Vaccination in Burma 1912-1922 - 1912-1922
Year: 1912
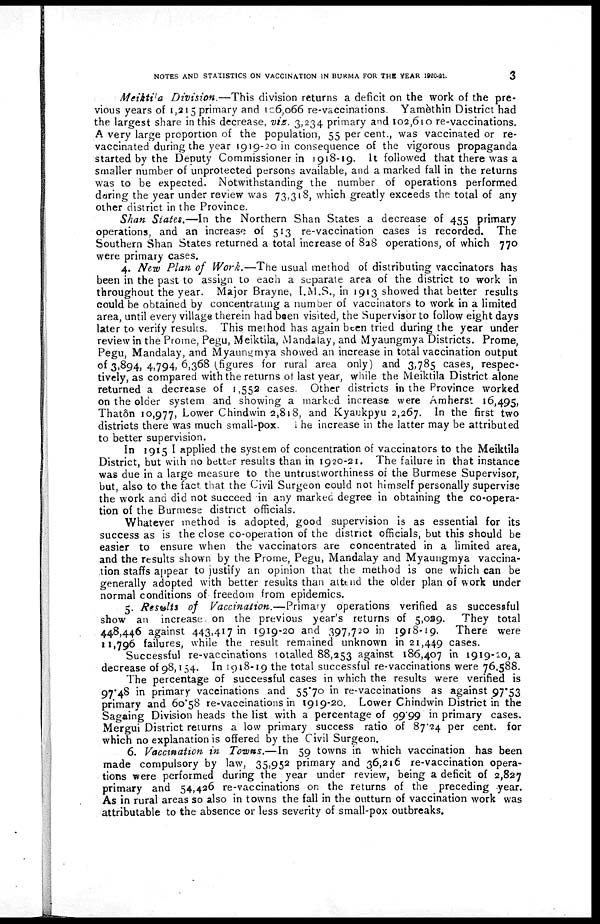
NOTES AND STATISTICS ON VACCINATION IN BURMA FOR THE YEAR 1920-21.
3
Meiktila Division.—This division returns a deficit on the work of the pre-
vious years of 1,215 primary and 106,066 re-vaccinations. Yamèthin District had
the largest share in this decrease, viz. 3,234 primary and 102,610 re-vaccinations.
A very large proportion of the population, 55 per cent., was vaccinated or re-
vaccinated during the year 1919-20 in consequence of the vigorous propaganda
started by the Deputy Commissioner in 1918-19. It followed that there was a
smaller number of unprotected persons available, and a marked fall in the returns
was to be expected. Notwithstanding the number of operations performed
daring the year under review was 73,318, which greatly exceeds the total of any
other district in the Province.
Shan States.—In the Northern Shan States a decrease of 455 primary
operations, and an increase of 513 re-vaccination cases is recorded. The
Southern Shan States returned a total increase of 828 operations, of which 770
were primary cases.
4. New Plan of Work.—The usual method of distributing vaccinators has
been in the past to assign to each a separate area of the district to work in
throughout the year. Major Brayne, I.M.S., in 1913 showed that better results
could be obtained by concentrating a number of vaccinators to work in a limited
area, until every village therein had been visited, the Supervisor to follow eight days
later to verify results. This method has again been tried during the year under
review in the Prome, Pegu, Meiktila, Mandalay, and Myaungmya Districts. Prome,
Pegu, Mandalay, and Myaungmya showed an increase in total vaccination output
of 3,894, 4,794, 6,368 (figures for rural area only) and 3,785 cases, respec-
tively, as compared with the returns of last year, while the Meiktila District alone
returned a decrease of 1,552 cases. Other districts in the Province worked
on the older system and showing a marked increase were Amherst 16,495,
Thatôn 10,977, Lower Chindwin 2,818, and Kyaukpyu 2,267. In the first two
districts there was much small-pox. i he increase in the latter may be attributed
to better supervision.
In 1915 I applied the system of concentration of vaccinators to the Meiktila
District, but with no better results than in 1920-21. The failure in that instance
was due in a large measure to the untrustworthiness of the Burmese Supervisor,
but, also to the fact that the Civil Surgeon could not himself personally supervise
the work and did not succeed in any marked degree in obtaining the co-opera-
tion of the Burmese district officials.
Whatever method is adopted, good supervision is as essential for its
success as is the close co-operation of the district officials, but this should be
easier to ensure when the vaccinators are concentrated in a limited area,
and the results shown by the Prome, Pegu, Mandalay and Myaungmya vaccina-
tion staffs appear to justify an opinion that the method is one which can be
generally adopted with better results than attend the older plan of work under
normal conditions of freedom from epidemics.
5. Results of Vaccination.—Primary operations verified as successful
show an increase. on the previous year's returns of 5,029. They total
448,446 against 443,417 in 1919-20 and 397,720 in 1918-19. There were
11,796 failures, while the result remained unknown in 21,449 cases.
Successful re-vaccinations totalled 88,253 against 186,407 in 1919-20, a
decrease of 98,154. In 1918-19 the total successful re-vaccinations were 76,588.
The percentage of successful cases in which the results were verified is
97.48 in primary vaccinations and 55.70 in re-vaccinations as against 97.53
primary and 60.58 re-vaccinations in 1919-20. Lower Chindwin District in the
Sagaing Division heads the list with a percentage of 99.99 in primary cases.
Mergui District returns a low primary success ratio of 87.24 per cent. for
which no explanation is offered by the Civil Surgeon.
6. Vaccination in Towns.—In 59 towns in which vaccination has been
made compulsory by law, 35,952 primary and 36,216 re-vaccination opera-
tions were performed during the year under review, being a deficit of 2,827
primary and 54,426 re-vaccinations on the returns of the preceding year.
As in rural areas so also in towns the fall in the outturn of vaccination work was
attributable to the absence or less severity of small-pox outbreaks.